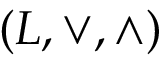
( L , \vee , \wedge )